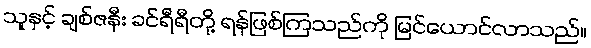
သူနှင့် ချစ်ဇနီး ခင်ရီရီတို့ ရန်ဖြစ်ကြသည်ကို မြင်ယောင်လာသည်။